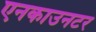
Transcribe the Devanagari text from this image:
एनकाउनटर